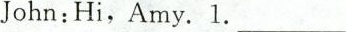
John:Hi,Amy.1.___